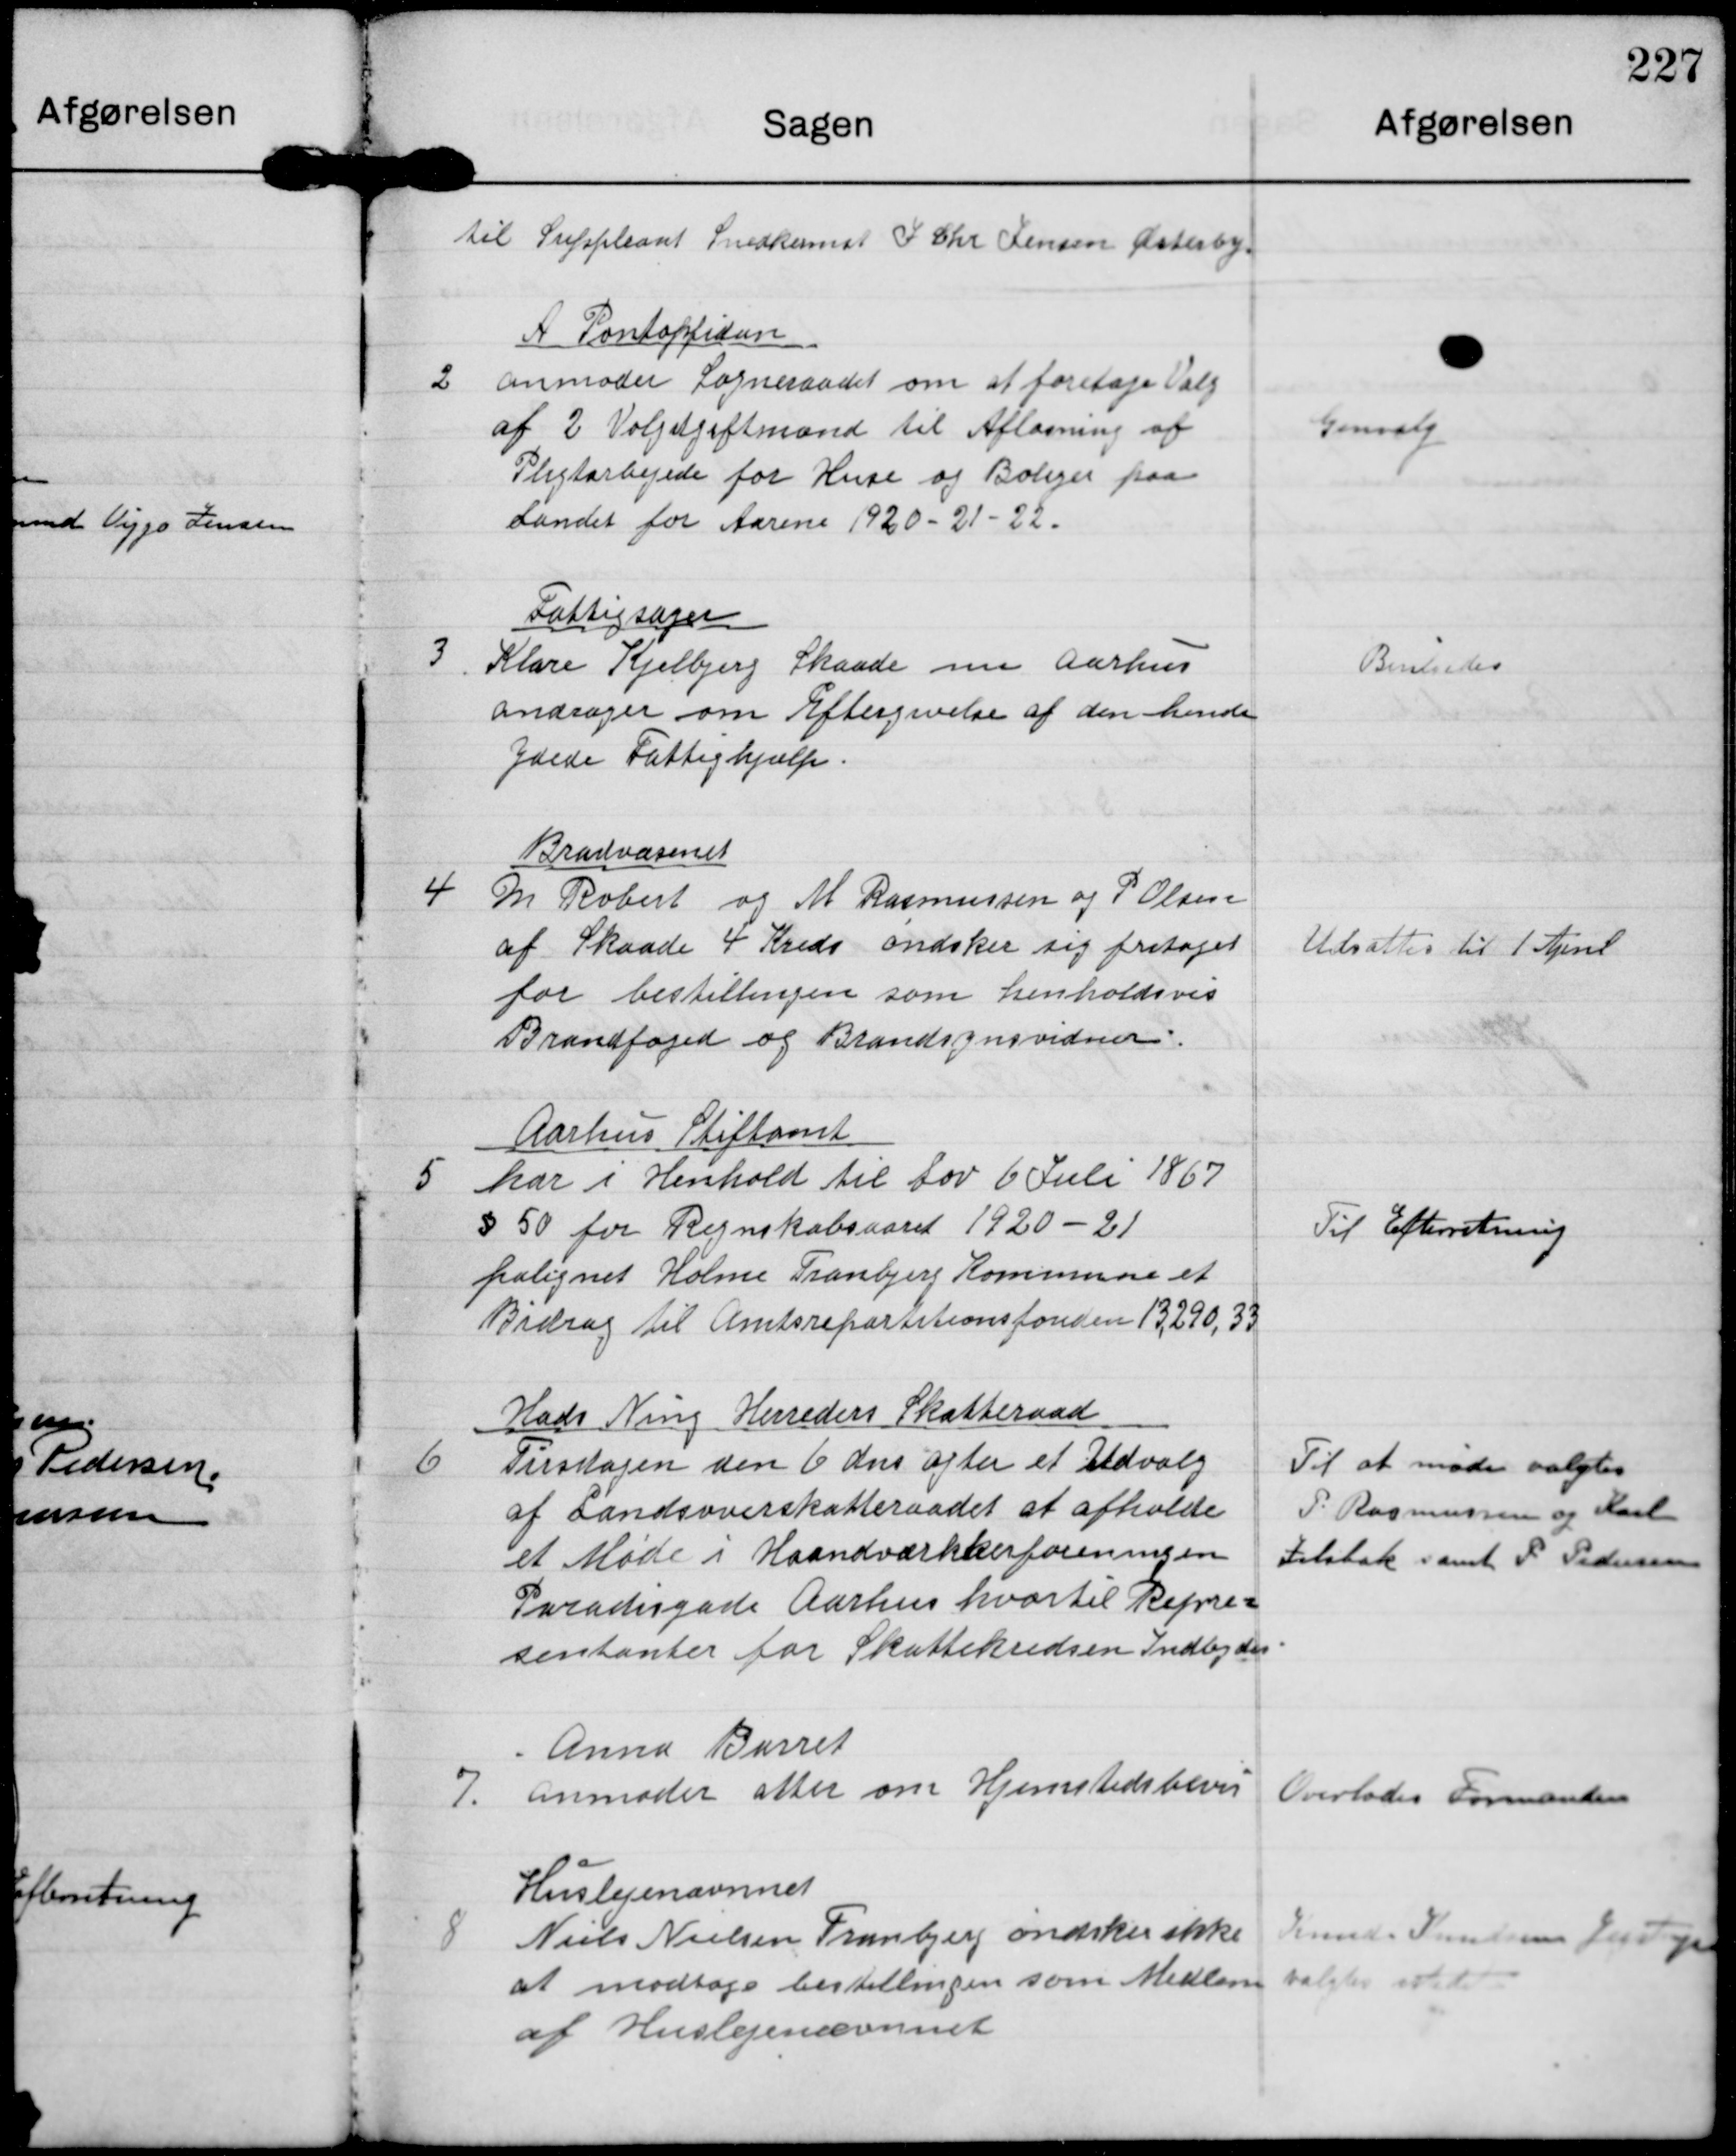
Transskription:
til Suppleant Snedkermst J Chr Jensen Østerby

2

A Pontoppidan
anmoder Sogneraadet om at foretage Valg
af 2 Volgdgiftmænd til Afløsning af
Pligtarbejede for Huse og Boliger paa
Landet for Aarene 1920-21-22.

Genvalg

3

Fattigsager
Klare Kjelbjerg Skaade nu Aarhus
andrager om Eftergivelse af den hende
ydede Fattighjælp.

Bviledes

4

Bradvæsenet
M Robert og M Rasmussen og P Olsen
af Skaade 4 Kreds øndsker sig fritaget
for bestillingen som henholdsvis
Brandfoged og Brandsynsvidner.

Udsattes til 1 April

5

Aarhus Stiftamt
har i Henhold til Lov 6 Juli 1867
§50 for Regnskabsaaret 1920-21
paalignet Holme Tranbjerg Kommune et
Bidrag til Amtsrepartitionsfonden 13,290,33

Til Efterretning.

6

Hads Ning Herreders Skatteraad.
Tirsdagen den 6 dns agter et Udvalg
af Landsoverskatteraadet at afholde
et Møde i Haandværkerforeningen
Paradisgade Aarhus hvortil Repre=
sentanter for Skattekredsen Indbydes

Til at møde valgtes
P Rasmussen og Karl
Jelsbak samt P Pedersen

7.

Anna Burret
anmoder atter om Hjemstedsbevis

Overlodes Formanden

8

Huslejenævnet
Niels Nielsen Tranbjeg øndsker ikke
at modtage bestillingen som Medlem
af Huslejenævnet.

Knud Knudsen Jegstrup
valgtes istedet